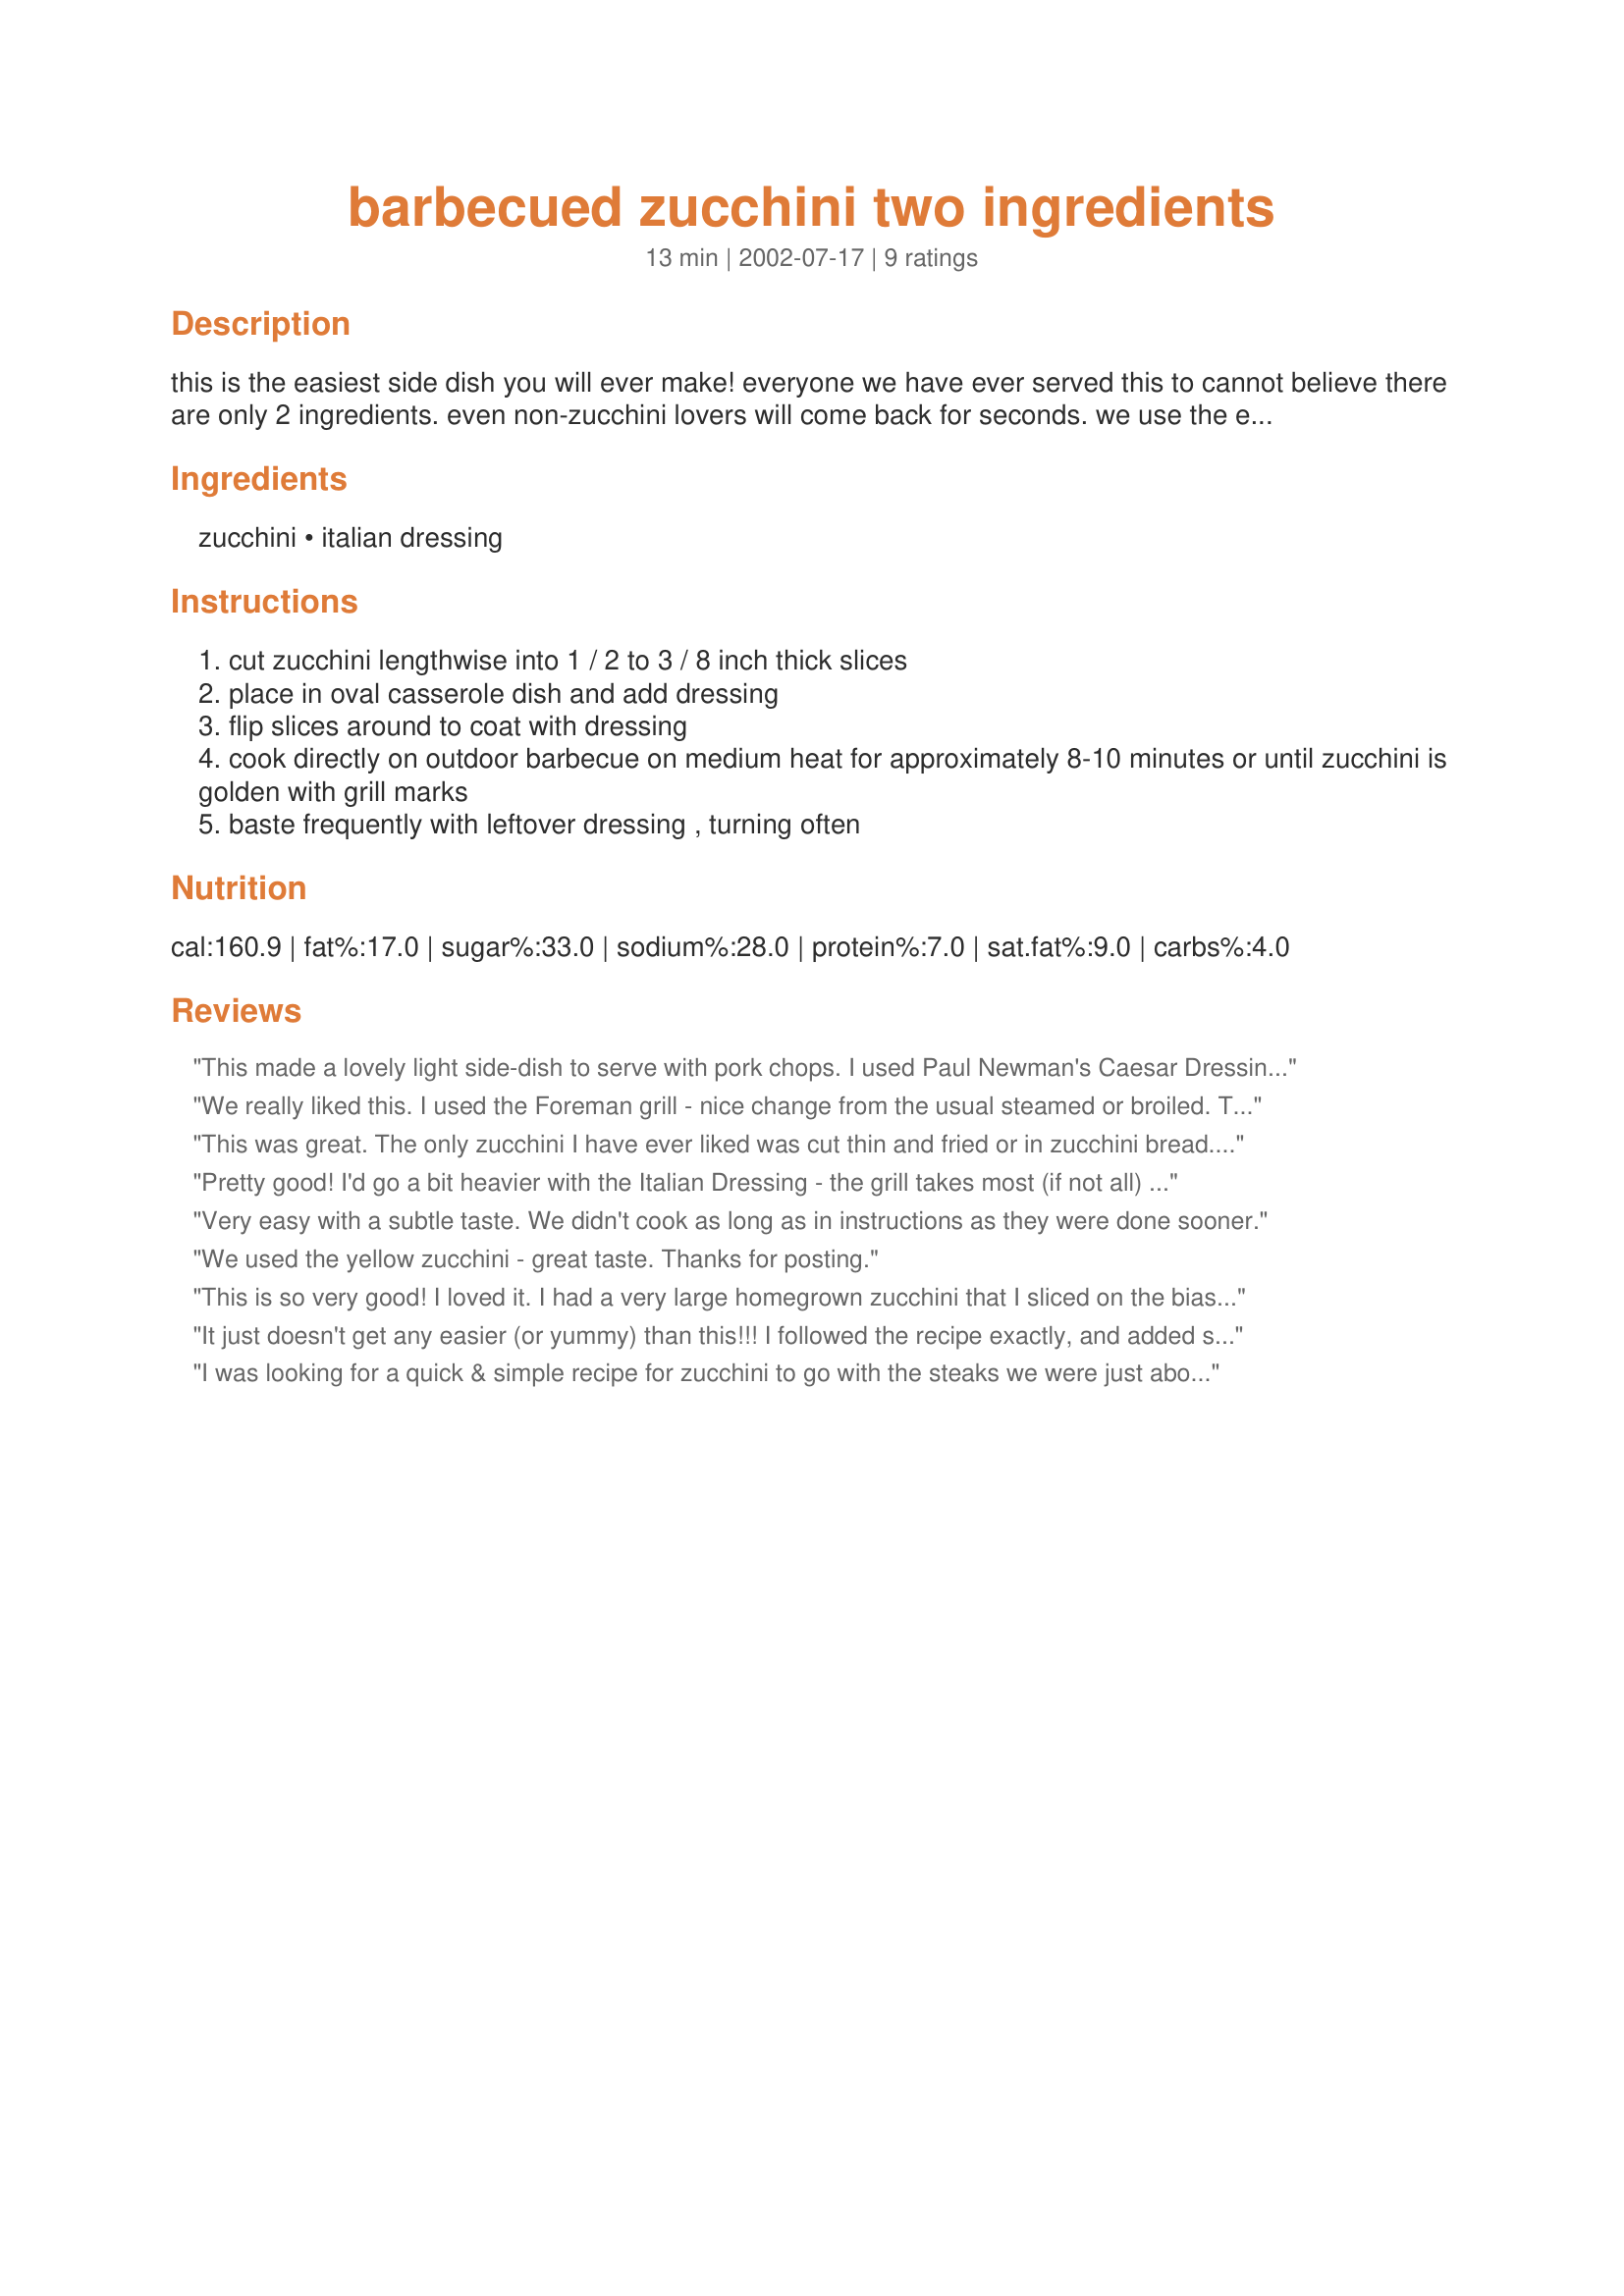
barbecued zucchini two ingredients
Preparation time: 13 minutes

this is the easiest side dish you will ever make! everyone we have ever served this to cannot believe there are only 2 ingredients. even non-zucchini lovers will come back for seconds. we use the exact same recipe for asparagus.

Ingredients:
zucchini, italian dressing

Steps:
cut zucchini lengthwise into 1 / 2 to 3 / 8 inch thick slices
place in oval casserole dish and add dressing
flip slices around to coat with dressing
cook directly on outdoor barbecue on medium heat for approximately 8-10 minutes or until zucchini is golden with grill marks
baste frequently with leftover dressing , turning often

Reviews:
This made a lovely light side-dish to serve with pork chops. I used Paul Newman's Caesar Dressing (not the creamy one). I sliced a large zucchini on the diagonal and let it sit for a while in the dressing, before grilling on the stove-top in a ridged grill pan. Just delicious. Can't wait to try it on the barbecue.
We really liked this. I used the Foreman grill - nice change from the usual steamed or broiled. Thanks.
This was great. The only zucchini I have ever liked was cut thin and fried or in zucchini bread. I just cooked one zucchini as a sample, convinced before I ever put it on the grill that no one would like it, boy was I wrong. My inlaws came for dinner and everyone only got a taste which definately wasn't enough. Thanks so much for such a great recipe it is definately a keeper!
Pretty good! I'd go a bit heavier with the Italian Dressing - the grill takes most (if not all) of the taste unless you really are generous!
Very easy with a subtle taste. We didn't cook as long as in instructions as they were done sooner.
We used the yellow zucchini - great taste. Thanks for posting.
This is so very good! I loved it. I had a very large homegrown zucchini that I sliced on the bias and I used a tomatoey Italian dressing. I let the zucchini sit in the dressing for a little while before I barbequed it. I cooked it a bit longer than necessary, perhaps, but I enjoyed the lightly burnt crusty parts. It was really very easy, fast and delicious! However, my non-zucchini-eating husband and son didn't like it. Oh what a shame....more for me! :-) I'm uploading a picture, too, so you can see how pretty the grill mark look!
It just doesn't get any easier (or yummy) than this!!! I followed the recipe exactly, and added some black pepper and garlic powder (instinct;). Grilled on my George Foreman and served with grilled chicken breast marinated in Italian dressing and some rice pilaf on the side. Meal in a flash!! Thanks so much for posting!
~Manda
I was looking for a quick & simple recipe for zucchini to go with the steaks we were just about to grill. I wanted something healthy so I didn't want to saute it and this fit the bill. I used fat-free Italian dressing since that's all I had. I didn't even bother measuring it - just put the sliced zukes in a bowl and poured it on. Then I basted them with the leftover dressing while they grilled. Delicious and healthy! Thanks M&Mers for a great idea.
